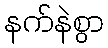
နက်နဲစွာ